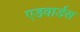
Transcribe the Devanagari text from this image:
एडवार्डस